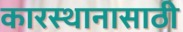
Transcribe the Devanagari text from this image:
कारस्थानासाठी